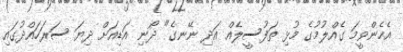
އެހެންވީމަ ގެއްލުމުގެ މުޅި ތަފުސީލެއް އަދި ނޭނގެ" ދޯނި އަޑިއަށް ދިޔަ ސަރަހައްދުގައި